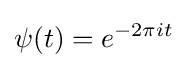
\psi (t)=e^{-2\pi it}